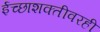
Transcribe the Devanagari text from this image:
ईच्छाशक्तीवरही